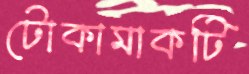
টোকামাকটি